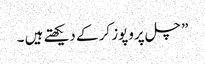
” چل پروپوز کر کے دیکھتے ہیں ۔